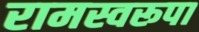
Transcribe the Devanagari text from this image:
रामस्वरूपा